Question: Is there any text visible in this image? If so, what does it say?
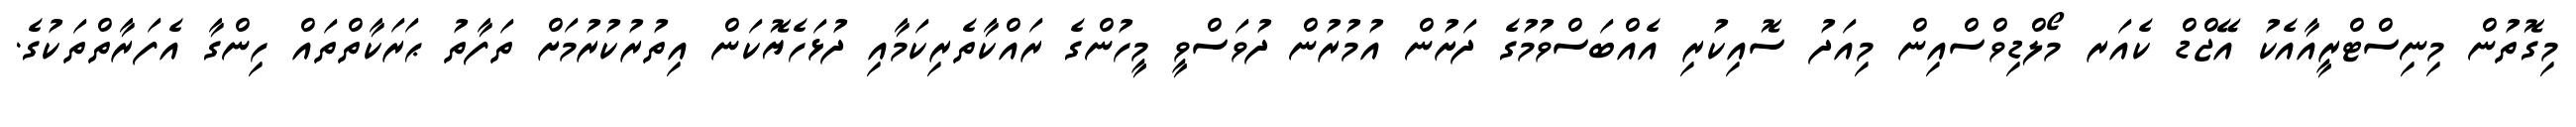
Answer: މިގޮތުން މިނިސްޓްރީއާއެކު އޭޖްޑް ކެއަރ މޯލްޑިވްސްއިން މިއަދު ސޮއިކުރި އެއްބަސްވުމުގެ ދަށުން އުމުރުން ދުވަސްވީ މީހުންގެ ރައްކާތެރިކަމާއި ދުޅަހެޔޮކަން އިތުރުކުރުމަށް ތަފާތު ޙަރަކާތްތައް ހިންގާ އެފަރާތްތަކުގެ.